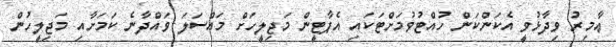
ޢާމިރު ވިދާޅުވީ އެކަންކަން ހުއްޓުވުމަށްޓަކައި އެޕާޓީން މަޖިލީހަށް މައްސަލަ ވައްދާނެ ކަމަށާއި މަޖިލީހުން